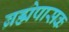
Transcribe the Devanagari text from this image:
ब्रह्मेपासक